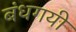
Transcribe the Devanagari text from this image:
बंधगयी